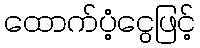
ထောက်ပံ့ငွေဖြင့်